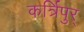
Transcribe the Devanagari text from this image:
कर्त्रिपुर्